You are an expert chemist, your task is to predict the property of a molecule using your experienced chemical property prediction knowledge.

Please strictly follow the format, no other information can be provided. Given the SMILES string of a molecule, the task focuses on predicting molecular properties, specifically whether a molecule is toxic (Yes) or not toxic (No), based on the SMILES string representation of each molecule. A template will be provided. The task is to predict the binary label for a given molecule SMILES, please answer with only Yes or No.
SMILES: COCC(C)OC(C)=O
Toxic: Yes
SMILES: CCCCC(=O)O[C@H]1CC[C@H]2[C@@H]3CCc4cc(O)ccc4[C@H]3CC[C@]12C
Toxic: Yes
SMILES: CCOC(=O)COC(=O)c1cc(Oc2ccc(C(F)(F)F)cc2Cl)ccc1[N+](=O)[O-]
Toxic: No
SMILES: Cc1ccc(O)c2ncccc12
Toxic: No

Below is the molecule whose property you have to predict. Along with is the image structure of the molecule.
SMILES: C[C@]1(O)CC[C@H]2[C@@H]3CCC4=CC(=O)CC[C@]4(C)[C@H]3CC[C@@]21C
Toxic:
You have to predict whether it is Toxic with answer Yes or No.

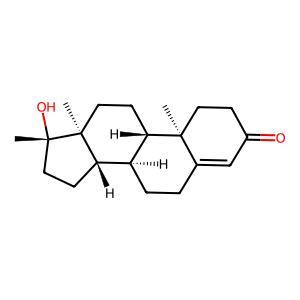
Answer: Yes